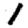
Digit: 1